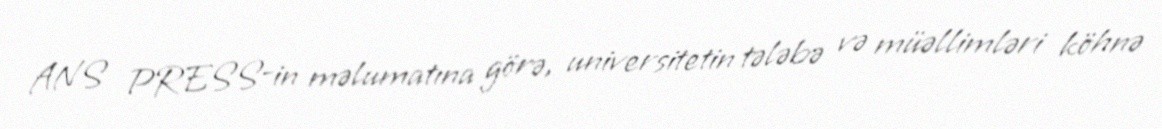
ANS PRESS-in məlumatına görə, universitetin tələbə və müəllimləri köhnə